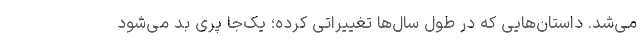
می‌شد. داستان‌هایی که در طول سال‌ها تغییراتی کرده؛ یک‌جا پری بد می‌شود